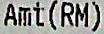
AMT(RM)